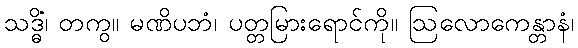
သဒ္ဓိံ၊ တကွ။ မဏိပဘံ၊ ပတ္တမြားရောင်ကို။ ဩလောကေန္တာနံ၊